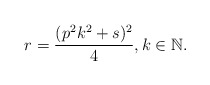
\begin{align*}r=\frac{(p^2k^2 + s)^2}{4},k\in\mathbb{N}.\end{align*}